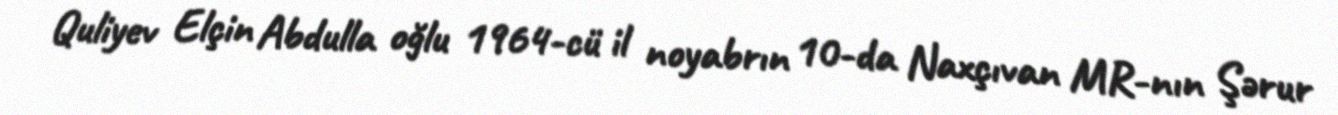
Quliyev Elçin Abdulla oğlu 1964-cü il noyabrın 10-da Naxçıvan MR-nın Şərur